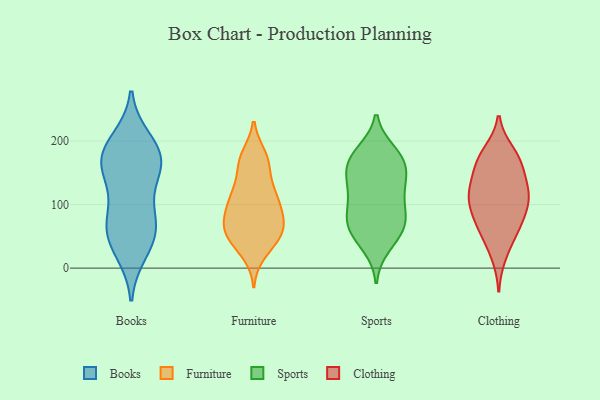
{"axis": {"x": "Demand Index", "y": "Value"}, "legend": ["Books", "Clothing", "Furniture", "Sports"], "data": [{"x": "", "y": 65, "type": "Books"}, {"x": "", "y": 60, "type": "Books"}, {"x": "", "y": 161, "type": "Books"}, {"x": "", "y": 27, "type": "Books"}, {"x": "", "y": 71, "type": "Books"}, {"x": "", "y": 94, "type": "Books"}, {"x": "", "y": 170, "type": "Books"}, {"x": "", "y": 188, "type": "Books"}, {"x": "", "y": 143, "type": "Books"}, {"x": "", "y": 41, "type": "Books"}, {"x": "", "y": 163, "type": "Books"}, {"x": "", "y": 175, "type": "Books"}, {"x": "", "y": 200, "type": "Books"}, {"x": "", "y": 175, "type": "Furniture"}, {"x": "", "y": 115, "type": "Furniture"}, {"x": "", "y": 110, "type": "Furniture"}, {"x": "", "y": 164, "type": "Furniture"}, {"x": "", "y": 59, "type": "Furniture"}, {"x": "", "y": 116, "type": "Furniture"}, {"x": "", "y": 22, "type": "Furniture"}, {"x": "", "y": 44, "type": "Furniture"}, {"x": "", "y": 88, "type": "Furniture"}, {"x": "", "y": 117, "type": "Furniture"}, {"x": "", "y": 41, "type": "Furniture"}, {"x": "", "y": 152, "type": "Furniture"}, {"x": "", "y": 55, "type": "Furniture"}, {"x": "", "y": 71, "type": "Furniture"}, {"x": "", "y": 58, "type": "Furniture"}, {"x": "", "y": 178, "type": "Furniture"}, {"x": "", "y": 84, "type": "Furniture"}, {"x": "", "y": 77, "type": "Furniture"}, {"x": "", "y": 35, "type": "Sports"}, {"x": "", "y": 81, "type": "Sports"}, {"x": "", "y": 53, "type": "Sports"}, {"x": "", "y": 136, "type": "Sports"}, {"x": "", "y": 56, "type": "Sports"}, {"x": "", "y": 174, "type": "Sports"}, {"x": "", "y": 140, "type": "Sports"}, {"x": "", "y": 67, "type": "Sports"}, {"x": "", "y": 162, "type": "Sports"}, {"x": "", "y": 182, "type": "Sports"}, {"x": "", "y": 73, "type": "Sports"}, {"x": "", "y": 175, "type": "Sports"}, {"x": "", "y": 85, "type": "Sports"}, {"x": "", "y": 167, "type": "Sports"}, {"x": "", "y": 133, "type": "Sports"}, {"x": "", "y": 117, "type": "Sports"}, {"x": "", "y": 102, "type": "Sports"}, {"x": "", "y": 171, "type": "Clothing"}, {"x": "", "y": 66, "type": "Clothing"}, {"x": "", "y": 176, "type": "Clothing"}, {"x": "", "y": 20, "type": "Clothing"}, {"x": "", "y": 94, "type": "Clothing"}, {"x": "", "y": 76, "type": "Clothing"}, {"x": "", "y": 182, "type": "Clothing"}, {"x": "", "y": 64, "type": "Clothing"}, {"x": "", "y": 162, "type": "Clothing"}, {"x": "", "y": 112, "type": "Clothing"}, {"x": "", "y": 113, "type": "Clothing"}, {"x": "", "y": 155, "type": "Clothing"}, {"x": "", "y": 120, "type": "Clothing"}, {"x": "", "y": 119, "type": "Clothing"}, {"x": "", "y": 102, "type": "Clothing"}, {"x": "", "y": 133, "type": "Clothing"}, {"x": "", "y": 49, "type": "Clothing"}]}